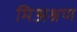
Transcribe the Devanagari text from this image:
मिअश्रण